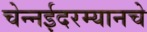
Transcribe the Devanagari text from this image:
चेन्नईदरम्यानचे